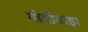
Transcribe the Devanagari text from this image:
गोदीवाड़ा